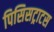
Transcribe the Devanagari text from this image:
पिसिसट्राटस